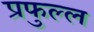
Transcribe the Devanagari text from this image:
प्रफुल्‍ल